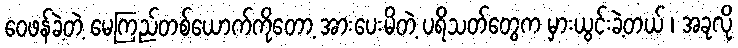
ဝေဖန်ခဲ့တဲ့ မေကြည်တစ်ယောက်ကိုတော့ အားပေးမိတဲ့ ပရိသတ်တွေက မှားယွင်းခဲ့တယ် ၊ အခုလို